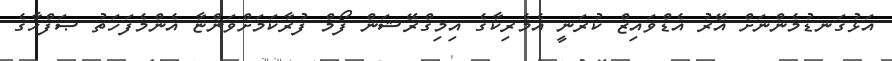
އަޅުގަނޑުމެންނަށް އޭރު އެޑްވައިޒް ކުރަނީ އެމެރިކާގެ އިމިގްރޭޝަން ފޯމް ފުރާކަމަށްވަންޏާ އެންމެފަހަތު ޞަފްޙާގެ